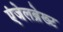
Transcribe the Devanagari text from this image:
एंजेलब्रेख्ट